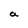
Character: a